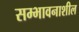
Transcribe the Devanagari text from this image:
सम्भावनाशील